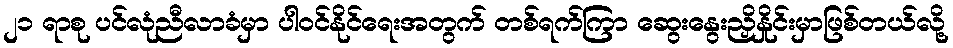
၂၁ ရာစု ပင်လုံညီလာခံမှာ ပါဝင်နိုင်ရေးအတွက် တစ်ရက်ကြာ ဆွေးနွေးညှိနှိုင်းမှာဖြစ်တယ်လို့